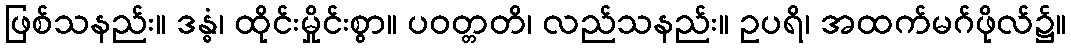
ဖြစ်သနည်း။ ဒန္ဓံ၊ ထိုင်းမှိုင်းစွာ။ ပဝတ္တတိ၊ လည်သနည်း။ ဥပရိ၊ အထက်မဂ်ဖိုလ်၌။